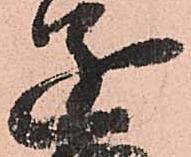
遂